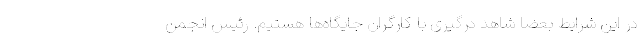
در این شرایط بعضا شاهد درگیری با کارگران جایگاه‌ها هستیم. رئیس انجمن